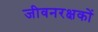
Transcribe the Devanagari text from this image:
जीवनरक्षकों